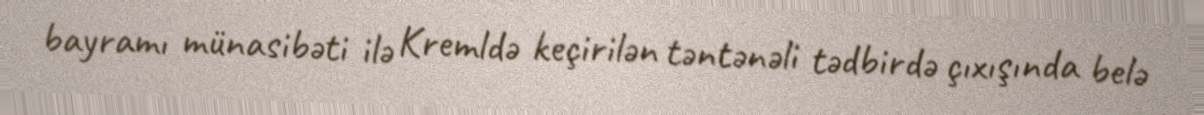
bayramı münasibəti ilə Kremldə keçirilən təntənəli tədbirdə çıxışında belə